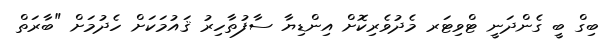
ބިގް ބީ ގެންދަނީ ޓްވިޓަރ މެދުވެރިކޮށް އިންޑިޔާ ސާފުތާހިރު ޤައުމަކަށް ހެދުމަށް "ބާރަތް